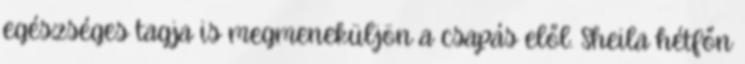
egészséges tagja is megmeneküljön a csapás elől. Sheila hétfőn